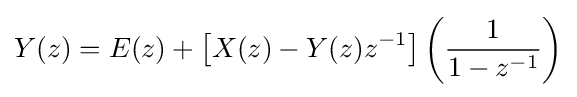
Y(z)=E(z)+\left[X(z)-Y(z)z^{-1}\right]\left({\frac {1}{1-z^{-1}}}\right)